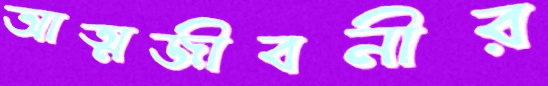
আত্মজীবনীর